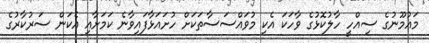
މައުމޫނުގެ ސިއްހީ ހާލުކޮޅުގެ ވާހަކަ އެކި މުވައްސަސާތަކަށް ހުށައަޅާފައިވާނެ ކަމަށާއި އެކަން ސަރުކާރުގެ